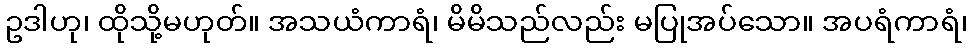
ဥဒါဟု၊ ထိုသို့မဟုတ်။ အသယံကာရံ၊ မိမိသည်လည်း မပြုအပ်သော။ အပရံကာရံ၊